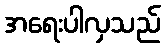
အရေးပါလှသည်